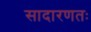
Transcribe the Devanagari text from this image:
सादारणतः